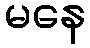
မနေ